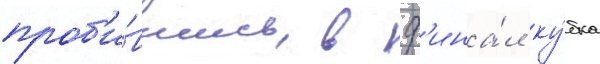
проб'и́вшись в ф'ина́л ку́бка